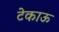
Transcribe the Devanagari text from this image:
टेकाऊ